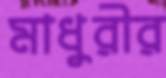
মাধুরীর